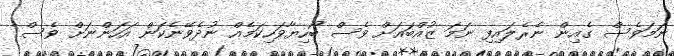
ނަމަވެސް ގެއިން ނެރެލައިފި ނަމަ ޒުއްބައަށް ވެސް ބޯހިޔާވަހިކަމެއް ނުދެވޭނެކަން އަހަންނަށް ވެސް